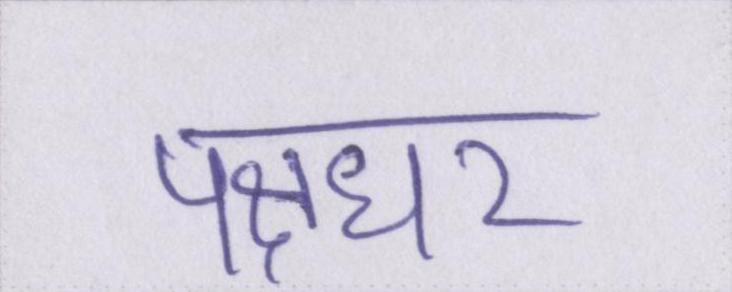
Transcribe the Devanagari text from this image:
पक्षधर